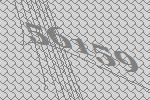
56159